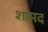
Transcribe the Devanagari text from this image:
शामद